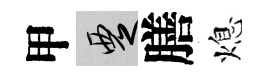
甲覂膳熄